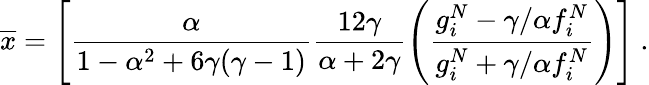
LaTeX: \overline{{{x}}}=\left[\frac\alpha{1-\alpha^{2}+6\gamma(\gamma-1)}\frac{12\gamma}{\alpha+2\gamma}\left(\frac{g_{i}^{N}-\gamma/\alpha f_{i}^{N}}{g_{i}^{N}+\gamma/\alpha f_{i}^{N}}\right)\right]\ .